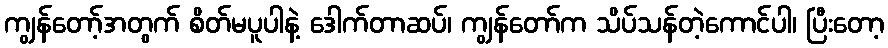
ကျွန်တော့်အတွက် စိတ်မပူပါနဲ့ ဒေါက်တာဆပ်၊ ကျွန်တော်က သိပ်သန်တဲ့ကောင်ပါ၊ ပြီးတော့